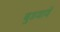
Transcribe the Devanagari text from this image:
बुडवावें